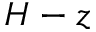
H - z